Problem: 9 × 10 = ?
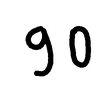
Handwritten answer: 90